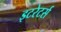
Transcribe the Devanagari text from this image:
इटरेटर्स